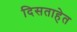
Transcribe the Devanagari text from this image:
दिसताहेत